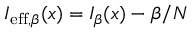
I _ { \mathrm { e f f } , \beta } ( x ) = I _ { \beta } ( x ) - \beta / N